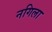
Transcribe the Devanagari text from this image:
नगिला